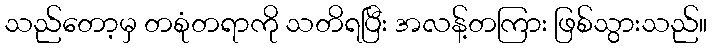
သည်တော့မှ တစုံတရာကို သတိရပြီး အလန့်တကြား ဖြစ်သွားသည်။